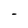
Character: I